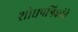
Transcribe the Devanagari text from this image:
शोधपत्रिकांचे